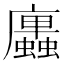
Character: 𢌆